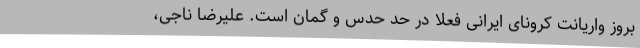
بروز واریانت کرونای ایرانی فعلا در حد حدس و گمان است. علیرضا ناجی،